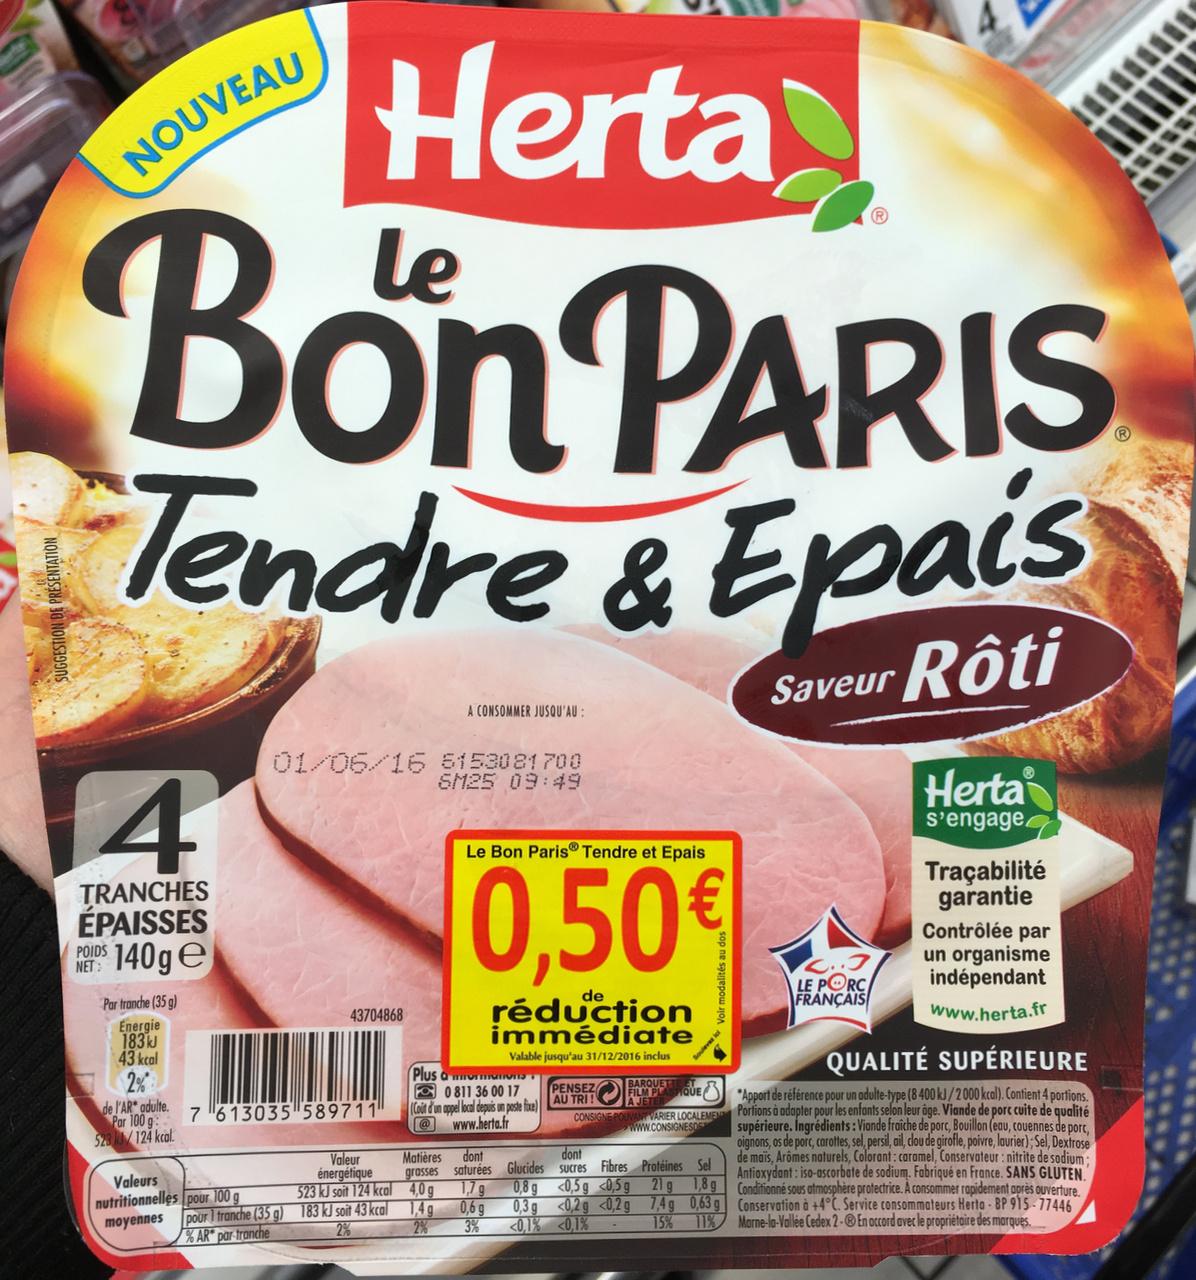
GESTION DE PRESENTATION
Herta
Bon PARIS Tendre & Epais
NOUVEAU
4
TRANCHES ÉPAISSES
140ge
POIDS
Par tranche (35 g)
Energie 183kJ 43 kcal
2%
de l'AR adulte. Par 100 g: 523k/124 kcal.
01/06/16 5153081700 SM25 09:49
43704868
7 613035 589711
Valeur énergétique Valeurs 523 kJ soit 124 kcal nutritionnelles pour 100 g moyennes pour 1 tranche (35 g) 183 kJ soit 43 kcal 2% % AR par tranche
A CONSOMMER JUSQU'AU :
Le Bon Paris Tendre et Epais
0,50€
1,4g
2%
réduction immédiate
Plus a
Valable jusqu'au 31/12/2016 inclus IVIEST 0811 36 00 17 (Coût d'un appel local depuis un poste fixe) @www.herta.fr
Matières dont grasses saturées Glucides 4,0g 1,7g
0,6 g
3%
0,8 g 0,3 g
<0,1%
PENSEZ FILM PLASTIQUE AU TRI!
dont sucres Fibres <0,5 g <0,5 g <0,2 g <0,2 g <0,1%
Saveur Rôti
Protéines Sel 21 g 1,8g 7,4 g 0,63 g 15% 11%
C..J LE PORC FRANÇAIS
QUALITÉ SUPÉRIEURE
A JETE
www.CONSIGNESOF
*Apport de référence pour un adulte-type (8400 kJ/2000 kcal). Contient 4 portions. CONSIGNE POUVANT VARIER LOCALEMENT Portions à adapter pour les enfants selon leur âge. Viande de porc cuite de qualité supérieure. Ingrédients : Viande fraîche de porc, Bouillon (eau, couennes de porc, oignons, os de porc, carottes, sel, persil, ail, clou de girofle, poivre, laurier); Sel, Dextrose de maïs, Arômes naturels, Colorant: caramel, Conservateur: nitrite de sodium; Antioxydant: iso-ascorbate de sodium. Fabriqué en France. SANS GLUTEN. Conditionné sous atmosphère protectrice. A consommer rapidement après ouverture. Conservation à +4°C. Service consommateurs Herta-BP 915-77446 Marne-la-Vallée Cedex 2-® En accord avec le propriétaire des marques.
Herta
s'engage
Traçabilité garantie Contrôlée par un organisme indépendant
www.herta.fr